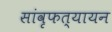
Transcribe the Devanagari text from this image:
सांवृफत्यायन